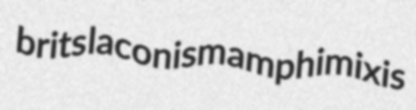
brits laconism amphimixis